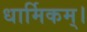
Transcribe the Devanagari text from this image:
धार्मिकम्‌।